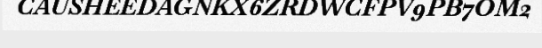
CAUSHEEDAGNKX6ZRDWCFPV9PB7OM2